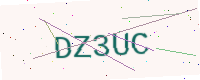
Text: DZ3UC